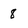
Character: 8